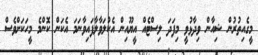
މީގެއިތުރުން ޝިއާން ވިދާޅުވީ މިފަދަ ލިސްޓެއް އީޔޫއިން އެކުލަވާލާފައިވާނަމަ އެކަން ކޮންމެ މީހަކަށްވެސް